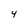
Character: 4